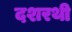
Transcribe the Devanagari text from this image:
दशरथी